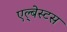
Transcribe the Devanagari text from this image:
एल्‍्बेस्टस